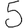
Digit: 5